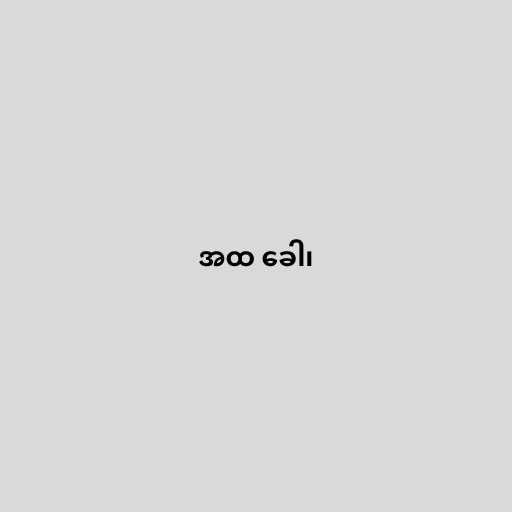
အထ ခေါ၊